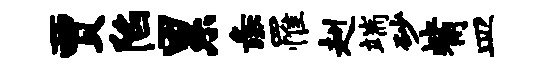
贾陷累彘罹赳端砂觜皿